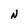
Character: N